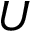
U